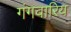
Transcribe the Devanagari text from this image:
गंगवारिय